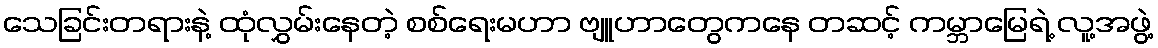
သေခြင်းတရားနဲ့ ထုံလွှမ်းနေတဲ့ စစ်ရေးမဟာ ဗျူဟာတွေကနေ တဆင့် ကမ္ဘာမြေရဲ့ လူ့အဖွဲ့